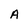
Character: A